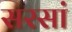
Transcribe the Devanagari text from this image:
सरसां